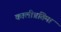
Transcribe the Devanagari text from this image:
कालीप्रतिमा